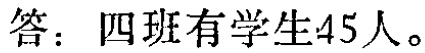
答：四班有学生45人。